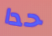
حدا